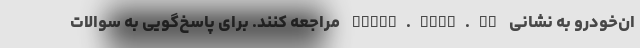
ان‌خودرو به نشانی esale.ikco.ir مراجعه کنند. برای پاسخ‌گویی به سوالات